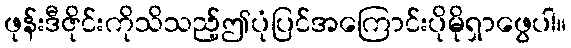
ဖုန်းဒီဇိုင်းကိုသိသည့်ဤပုံပြင်အကြောင်းပိုမိုရှာဖွေပါ။